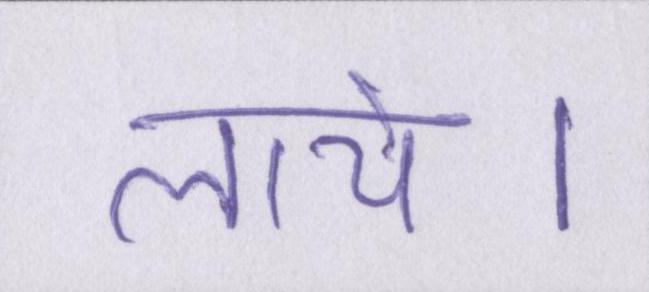
लाये।